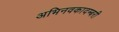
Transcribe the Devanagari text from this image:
अभिनवकादम्बरी